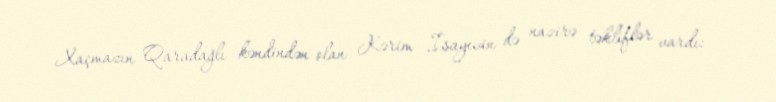
Xaçmazın Qaradağlı kəndindən olan Kərim İsayevin də nazirə təkliflər vardı: